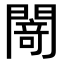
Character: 𨵎